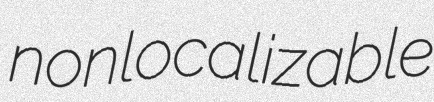
nonlocalizable